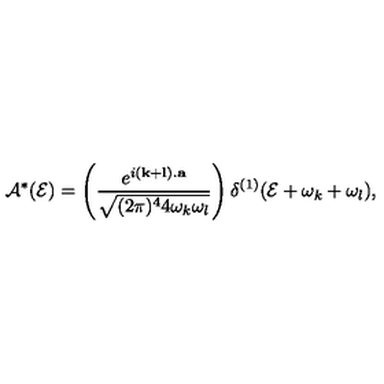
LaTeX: { \cal A } ^ { * } ( { \cal E } ) = \left( \frac { e ^ { i ( { \bf k } + { \bf l } ) . { \bf a } } } { \sqrt { ( 2 \pi ) ^ { 4 } 4 \omega _ { k } \omega _ { l } } } \right) \delta ^ { ( 1 ) } ( { \cal E } + \omega _ { k } + \omega _ { l } ) ,